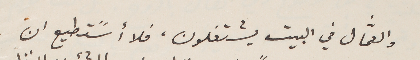
والعمَّال في البيت يشتغلون. فلا أسًتطيع ان